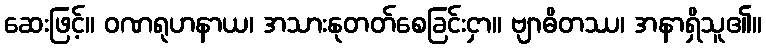
ဆေးဖြင့်။ ဝဏရုဟနာယ၊ အသားနုတတ်စေခြင်းငှာ။ ဗျာဓိတဿ၊ အနာရှိသူ၏။